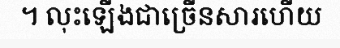
។ លុះឡើងជាច្រើនសារហើយ